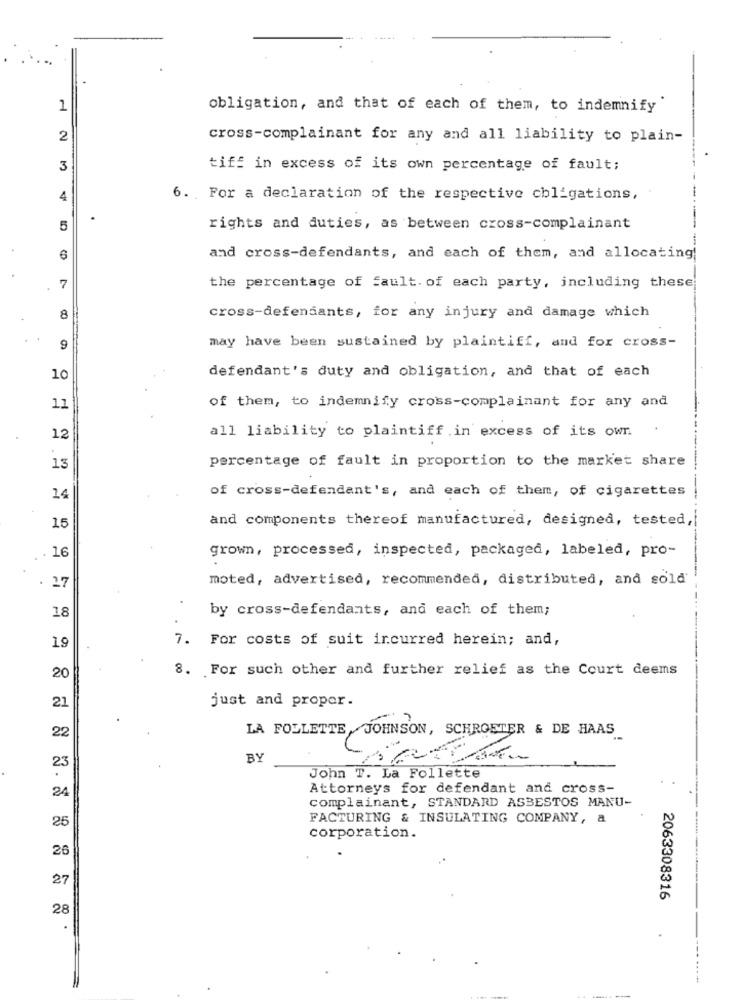
. ..
1
obligation, and that of each of them, to indemnify
2
cross-complainant for any and all liability to plain-
3
tiff in excess of its own percentage of fault;
4
6. For a declaration of the respective obligations,
5
rights and duties, as between cross-complainant
6
and cross-defendants, and each of them, and allocating!
7
the percentage of fault. of each party, including these
8
cross-defendants, for any injury and damage which
may have been sustained by plaintiff, and for cross-
9
defendant's duty and obligation, and that of each
10
11
of them, to indemnify cross-complainant for any and
12
all liability to plaintiff in excess of its own
percentage of fault in proportion to the market share
13
of cross-defendant's, and each of them, of cigarettes
14
and components thereof manufactured, designed, tested,
15
---
grown, processed, inspected, packaged, labeled, pro-
. 16
moted, advertised, recommended, distributed, and sold'
. 27
18
by cross-defendants, and each of them;
7. For costs of suit incurred herein; and,
19
8. For such other and further relief as the Court deems
20
just and proper.
21
22
LA FOLLE
BY
23
John T. La Follette
Attorneys for defendant and cross-
24
complainant, STANDARD ASBESTOS MANU-
FACTURING & INSULATING COMPANY, a
25
corporation.
26
27
2063308316
28